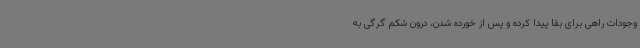
وجودات راهی برای بقا پیدا کرده و پس از خورده شدن، درون شکم گرگی به